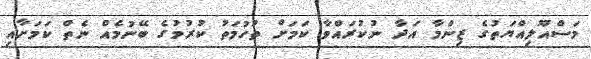
މަސްއޫލިއްޔަތުގެ ޒިންމާ އަދާ ނުކުރައްވާ ކަމަށް ތުހުމަތު ކުރުމުގެ ބޭނުމެއް ނެތް ކަމަށާއި